画像に写った文字を読んでください
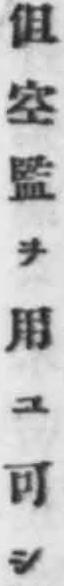
「伹空監ヲ用ユ可シ」と書いてあります